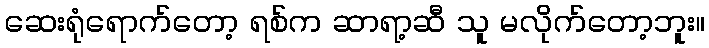
ဆေးရုံရောက်တော့ ရစ်က ဆာရာ့ဆီ သူ မလိုက်တော့ဘူး။